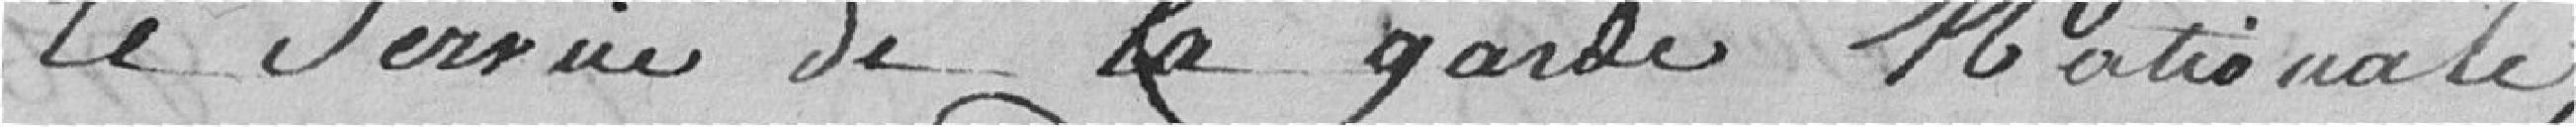
le service de la garde nationale